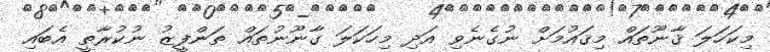
މިކަހަލަ ޤާނޫތައް މިޤައުމަށް ނުގެނެވި އަދި މިހަކަލަ ގާނޫނުތައް ތަންފީޒު ނުކުރާތީ އެބައި